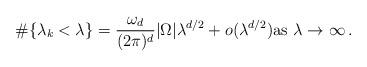
LaTeX: \begin{align*} \#\{\lambda_k <\lambda\} = \frac{\omega_d}{(2\pi)^d}|\Omega|\lambda^{d/2}+o(\lambda^{d/2})\mbox{as }\lambda \to \infty\, .\end{align*}